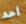
أحد